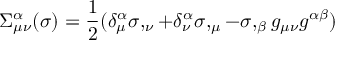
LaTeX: \Sigma _ { \mu \nu } ^ { \alpha } ( \sigma ) = \frac { 1 } { 2 } ( \delta _ { \mu } ^ { \alpha } \sigma , _ { \nu } + \delta _ { \nu } ^ { \alpha } \sigma , _ { \mu } - \sigma , _ { \beta } g _ { \mu \nu } g ^ { \alpha \beta } )